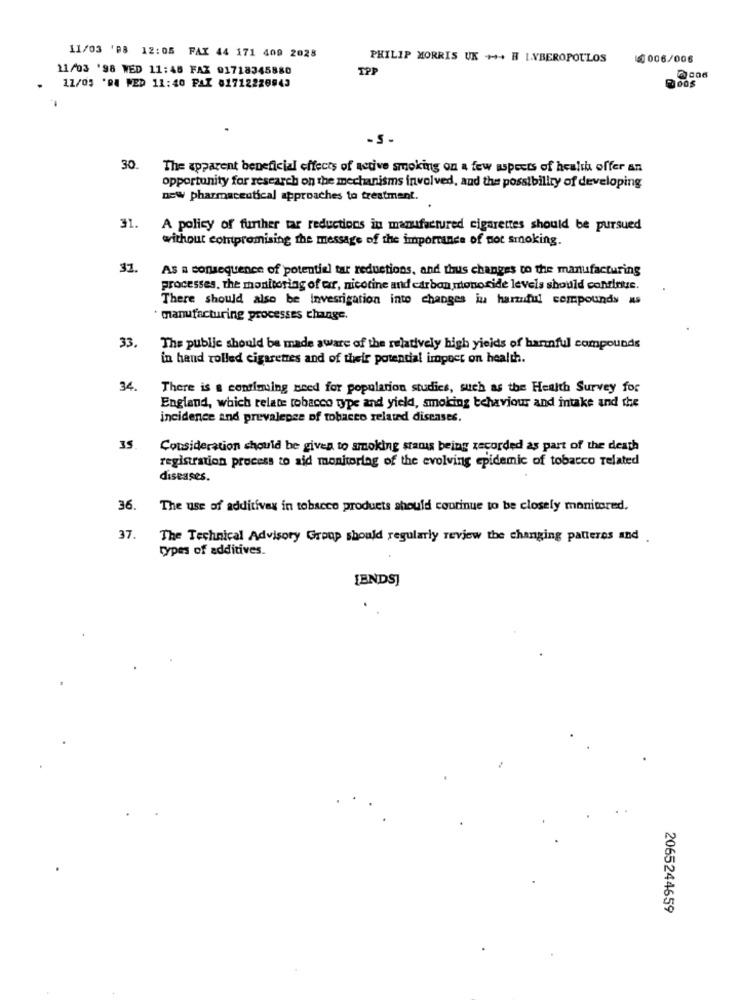
11/03 '08 12:05 FAX 44 171 409 2028
PHILIP MORRIS UK +++ B LIBEROPOULOS
5.006/006
11/03 '98 WED 11:48 FAZ 01718345880
TP
12/05 'DA WED 11:40 PAX 81712220943
30
The apparent beneficial effects of active smoking on a few aspects of health offer an
opportunity for research on the mechanisms involved, and the possibility of developing
new pharmaceutical approaches to treatment.
31.
A policy of further tar reductions in manufactured cigarettes should be pursued
without compromising the message of the importance of not smoking.
31.
As a consequence of potentiel tar reductions, and thus changes to the manufacturing
processes, the monitoring of air, nicotine and carbon monoxide levels should continue.
There should also be investigation into changes iu harmful compounds As
manufacturing processes change.
33,
The public should be made aware of the relatively high yields of harmful compounds
in hand rolled cigarettes and of their potendal impoct on health.
34.
There is a continuing need for population studies, such as the Health Survey for
England, which relate tobacco type and yield, smoking behaviour and intake and the
incidence and prevalence of tobacco related diseases.
35
Consideration should be given to smoking stanis being recorded as part of the death
registration process to aid monitorlag of the evolving epidemic of tobacco related
diseases.
36.
The use of additivex in tobacco products should courinue to be closely monitored.
37.
The Technical Advisory Group should regularly review the changing patterns and
types of additives.
[ENDS]
2065244659